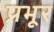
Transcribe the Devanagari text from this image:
प्रभूर